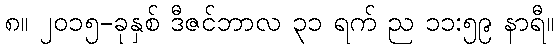
၈။ ၂၀၁၅-ခုနှစ် ဒီဇင်ဘာလ ၃၁ ရက် ည ၁၁:၅၉ နာရီ။